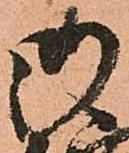
御